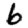
Digit: 6